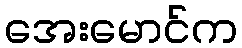
အေးမောင်က